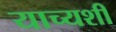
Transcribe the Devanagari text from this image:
याच्यशी